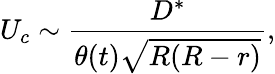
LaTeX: U_{c}\sim\frac{D^{*}}{\theta(t)\sqrt[]{R(R-r)}},